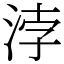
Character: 浡